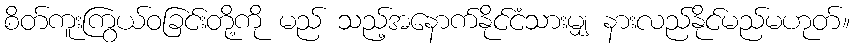
စိတ်ကူးကြွယ်ဝခြင်းတို့ကို မည် သည့်အနောက်နိုင်ငံသားမျှ နားလည်နိုင်မည်မဟုတ်။